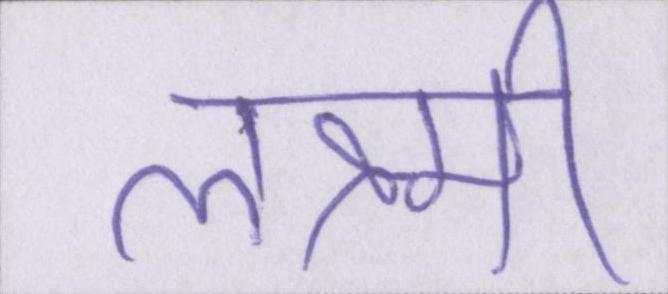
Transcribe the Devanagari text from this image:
लक्ष्मी